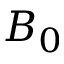
B _ { 0 }